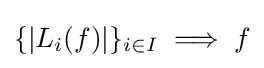
\{|L_{i}(f)|\}_{i\in I}\implies f